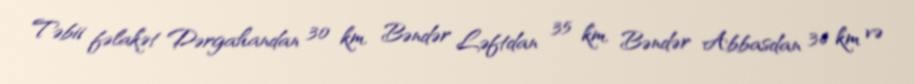
Təbii fəlakət Dərgahandan 30 km, Bəndər Ləftdan 35 km, Bəndər Abbasdan 36 km və